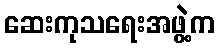
ဆေးကုသရေးအဖွဲ့က